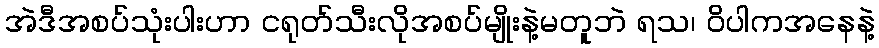
အဲဒီအစပ်သုံးပါးဟာ ငရုတ်သီးလိုအစပ်မျိုးနဲ့မတူဘဲ ရသ၊ ဝိပါကအနေနဲ့